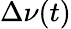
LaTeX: \Delta\nu(t)